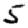
Digit: 5